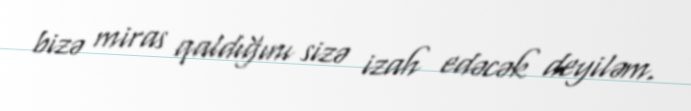
bizə miras qaldığını sizə izah edəcək deyiləm.